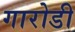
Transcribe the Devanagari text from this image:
गारोडी